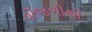
વીજળીથી